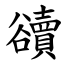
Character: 豄